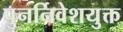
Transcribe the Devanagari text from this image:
पुनर्निवेशयुक्त